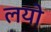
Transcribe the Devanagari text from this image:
लयो